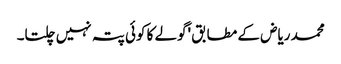
محمد ریاض کے مطابق 'گولے کا کوئی پتہ نہیں چلتا۔